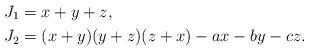
LaTeX: \begin{align*}J_1 &= x+y+z, \\J_2 &= (x+y)(y+z)(z+x)-ax-by-cz.\end{align*}